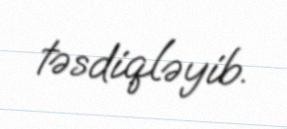
təsdiqləyib.